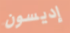
إديسون